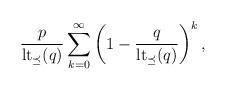
\begin{align*}\frac{p}{\mathrm{lt}_{\preceq}(q)} \sum_{k=0}^\infty \left(1-\frac{q}{\mathrm{lt}_{\preceq}(q)}\right)^k,\end{align*}